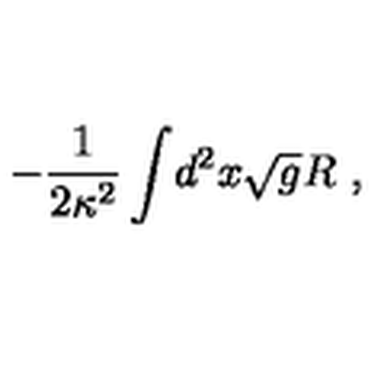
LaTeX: - { \frac { 1 } { 2 \kappa ^ { 2 } } } \int \! d ^ { 2 } x \sqrt g R \ ,